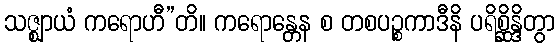
သဇ္ဈာယံ ကရောဟီ”တိ။ ကရောန္တေန စ တစပဉ္စကာဒီနိ ပရိစ္ဆိန္ဒိတွာ